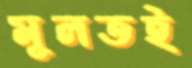
মূলতই